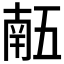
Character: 𠄼